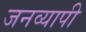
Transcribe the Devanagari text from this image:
जनव्यापी